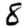
Digit: 8